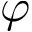
\varphi